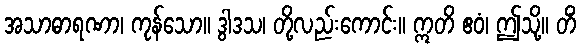
အသာဓာရဏာ၊ ကုန်သော။ ဒွါဒသ၊ တို့လည်းကောင်း။ ဣတိ ဧဝံ၊ ဤသို့။ တိံ